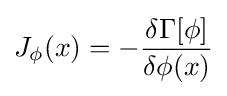
J_{\phi }(x)=-{\frac {\delta \Gamma [\phi ]}{\delta \phi (x)}}